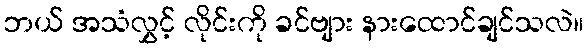
ဘယ် အသံလွှင့် လိုင်းကို ခင်ဗျား နားထောင်ချင်သလဲ။